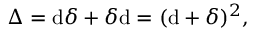
\Delta = \mathrm { d } \delta + \delta \mathrm { d } = ( \mathrm { d } + \delta ) ^ { 2 } ,